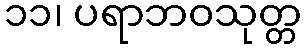
၁၁၊ ပရာဘဝသုတ္တ